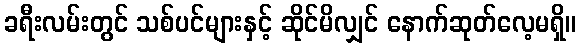
ခရီးလမ်းတွင် သစ်ပင်များနှင့် ဆိုင်မိလျှင် နောက်ဆုတ်လေ့မရှိ။